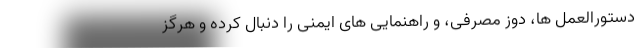
دستورالعمل ها، دوز مصرفی، و راهنمایی های ایمنی را دنبال کرده و هرگز